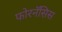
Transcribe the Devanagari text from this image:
फोरनॅसिस